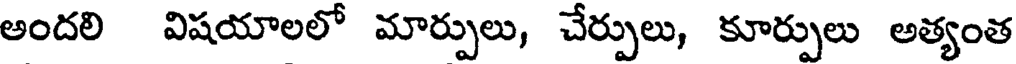
అందలి విషయాలలో మార్పులు, చేర్పులు, కూర్పులు అత్యంత